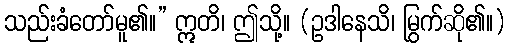
သည်းခံတော်မူ၏။” ဣတိ၊ ဤသို့။ (ဥဒါနေသိ၊ မြွက်ဆို၏။)